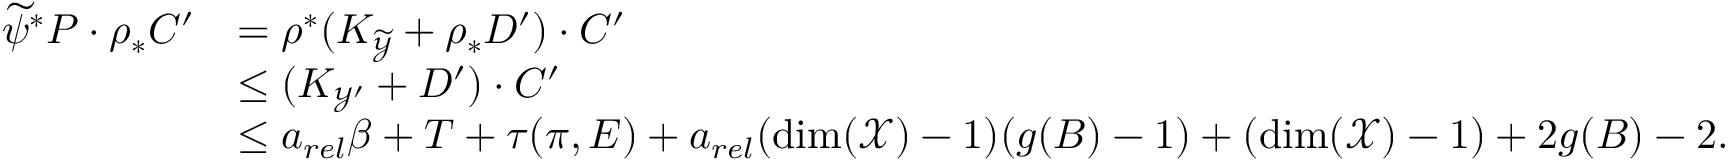
\begin{array} { r l } { \widetilde { \psi } ^ { * } P \cdot \rho _ { * } C ^ { \prime } } & { = \rho ^ { * } ( K _ { \widetilde { \mathcal { Y } } } + \rho _ { * } D ^ { \prime } ) \cdot C ^ { \prime } } \\ & { \leq ( K _ { \mathcal { Y } ^ { \prime } } + D ^ { \prime } ) \cdot C ^ { \prime } } \\ & { \leq a _ { r e l } \beta + T + \tau ( \pi , E ) + a _ { r e l } ( \dim ( \mathcal { X } ) - 1 ) ( g ( B ) - 1 ) + ( \dim ( \mathcal { X } ) - 1 ) + 2 g ( B ) - 2 . } \end{array}